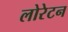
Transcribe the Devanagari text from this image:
लोरेटन